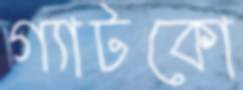
গ্যাটকো